Elephants and their diseases
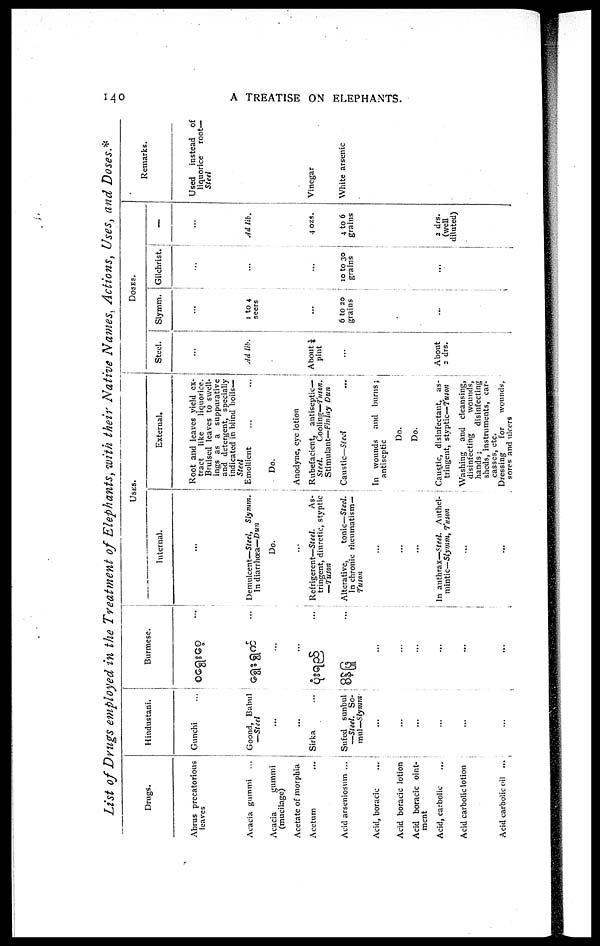
140
A TREATISE ON ELEPHANTS.
List of Drugs employed in the Treatment of Elephants, with their Native Names, Actions, Uses, and Doses.*
Drugs.
Abrus precatorious
leaves
Acacia gummi
Acacia
gummi
(mucilage)
Acetate of morphia
Acetum
Acid arseniosum ...
Acid, boracic
...
Acid boracic lotion
Acid boracic oint-
ment
Acid, carbolic
Acid carbolic lotion
Acid carbolic oil ...
Hindustani.
Gunchi
Goond, Babul
—Steel
...
...
Sirka
Sufed sunbul
—Steel.
So-
mul—Slymm
...
...
...
...
...
...
Burmese.
...
...
...
...
...
...
...
...
USES.
Internal.
...
Demulcent—Steel,
Slymm.
In diarrhœa— Dun
Do.
...
Refrigerent—Steel.
As-
tringent, diuretic, styptic
—Tuson
Alterative,
tonic—Steel.
In chronic rheumatism—
Tuson
....
...
...
In anthrax—Steel. Anthel-
mintic— Slymm, Tuson
...
...
External.
Root and leaves yield ex-
tract
like
liquorice.
Bruised leaves to swell-
ings as a suppurative
and detergent, specially
indicated in blind boils—
Steel
Emollient
Do.
Anodyne, eye lotion
Rubefacient, antiseptic—
Steel.
Cooling—Tuson.
Stimulant—Finlay Dun
Caustic—Steel
...
In wounds
and burns;
antiseptic
Do.
Do.
Caustic, disinfectant, as-
tringent, styptic—Tuson
Washing and cleansing,
disinfecting
wounds,
hands ;
disinfecting
sheds, instruments, car-
casses, etc.
Dressing
for
wounds,
sores and ulcers
DOSES.
Steel.
...
Ad lib.
About ¼
pint
...
About
2 drs.
Slymm.
...
I to 4
seers
...
6 to 20
grains
...
Gilchrist.
...
...
...
10 to 30
grains
...
...
Ad lib.
4 ozs.
4 to 6
grains
2 drs.
(well
diluted)
Remarks.
Used
instead of
liquorice
root—
Steel
Vinegar
White arsenic